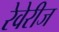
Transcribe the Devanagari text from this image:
रेवेरीज